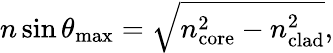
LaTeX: n\sin\theta_{\mathrm{max}}={\sqrt{n_{\mathrm{core}}^{2}-n_{\mathrm{clad}}^{2}}},